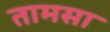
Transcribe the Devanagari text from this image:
तामसा